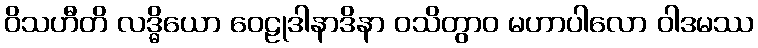
ဝိသဟီတိ လဒ္ဓိယော ဝေဠုဒါနာဒိနာ ဝသိတွာဝ မဟာပါလော ဝါဒမဿ